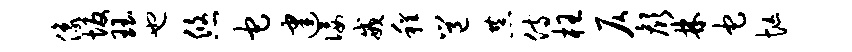
像坂珏也悠它建佞戒程邕恭侍枉仄颜林它忙